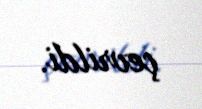
çevrildi.